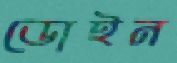
ডোইন